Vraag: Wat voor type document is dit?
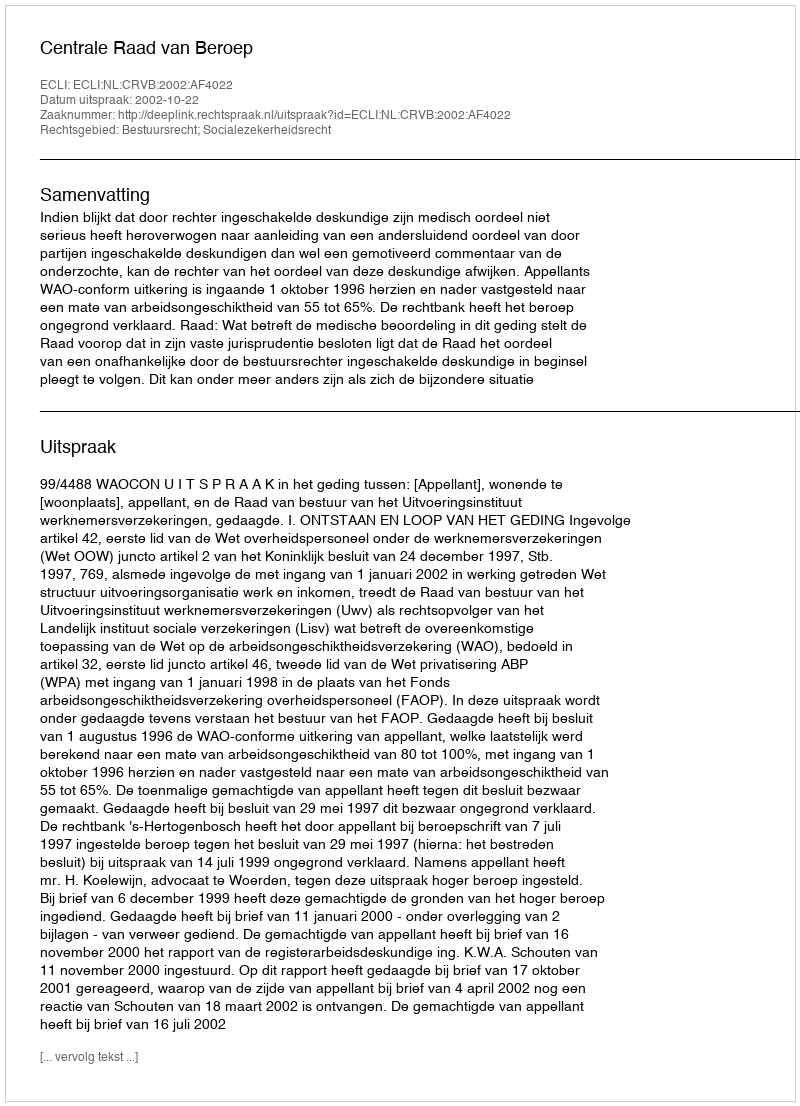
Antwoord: Uitspraak